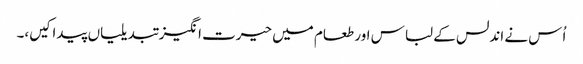
اُس نے اندلس کے لباس اور طعام میں حیرت انگیز تبدیلیاں پیدا کیں،۔